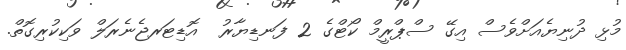
މުޅި ދުނިޔެއަށްވެސް އިގޭ ސްޕްރީމް ކޯޓްގެ 2 ފަނޑިޔާރު  އޮޑިޓަރޖެނެރަލް ވަކިކުރިގޮތް.